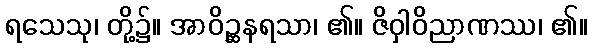
ရသေသု၊ တို့၌။ အာဝိဉ္ဆနရသာ၊ ၏။ ဇိဝှါဝိညာဏဿ၊ ၏။